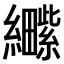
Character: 𫄕